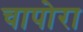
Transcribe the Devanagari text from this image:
चापोरा